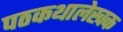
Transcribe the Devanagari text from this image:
पठकथालेखक